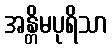
အန္တိမပုရိသာ